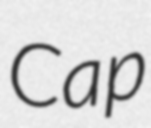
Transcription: Cap